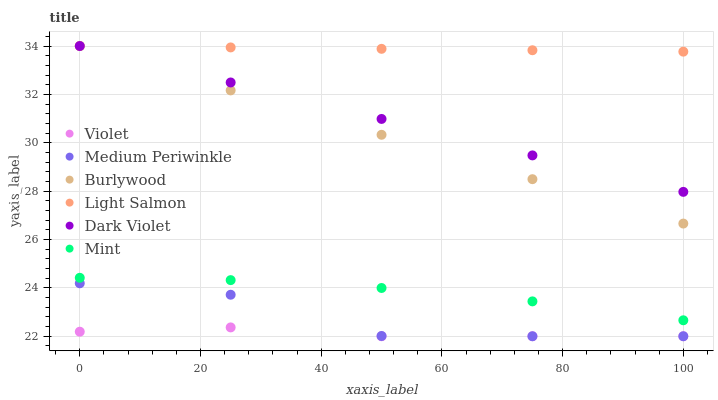
| xaxis_label | Violet | Medium Periwinkle | Burlywood | Light Salmon | Dark Violet | Mint |
 | --- | --- | --- | --- | --- | --- | --- |
 | 0 | 22.2 | 24.2 | 34 | 34 | 34 | 24.4 |
 | 25 | 22.4 | 23.7 | 32.2 | 33.9 | 32.5 | 24.3 |
 | 50 | 22 | 22 | 30.3 | 33.9 | 31 | 24 |
 | 75 | 22 | 22 | 28.5 | 33.8 | 29.5 | 23.4 |
 | 100 | 22 | 22 | 26.7 | 33.8 | 28 | 22.7 |